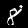
Digit: 8